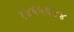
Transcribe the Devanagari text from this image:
१४६५६४४